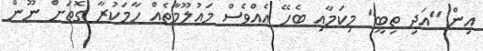
އިން "އަދި ތިބީ" މިކަމާއި ބެހޭ އެއްވެސް މައުލޫމާތެއް ހާމަކުރާ ގޮތަށް ނޫން